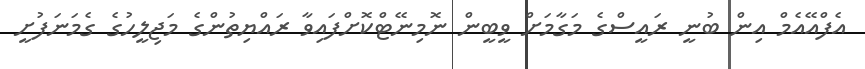
އެފްއޭއެމް އިން ބުނީ ރައީސްގެ މަގާމަށް ވީބީން ނޮމިނޭޓްކޮށްފައިވާ ރައްޔިތުންގެ މަޖިލީހުގެ ގެމަނަފުށީ